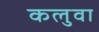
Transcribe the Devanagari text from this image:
कलुवा